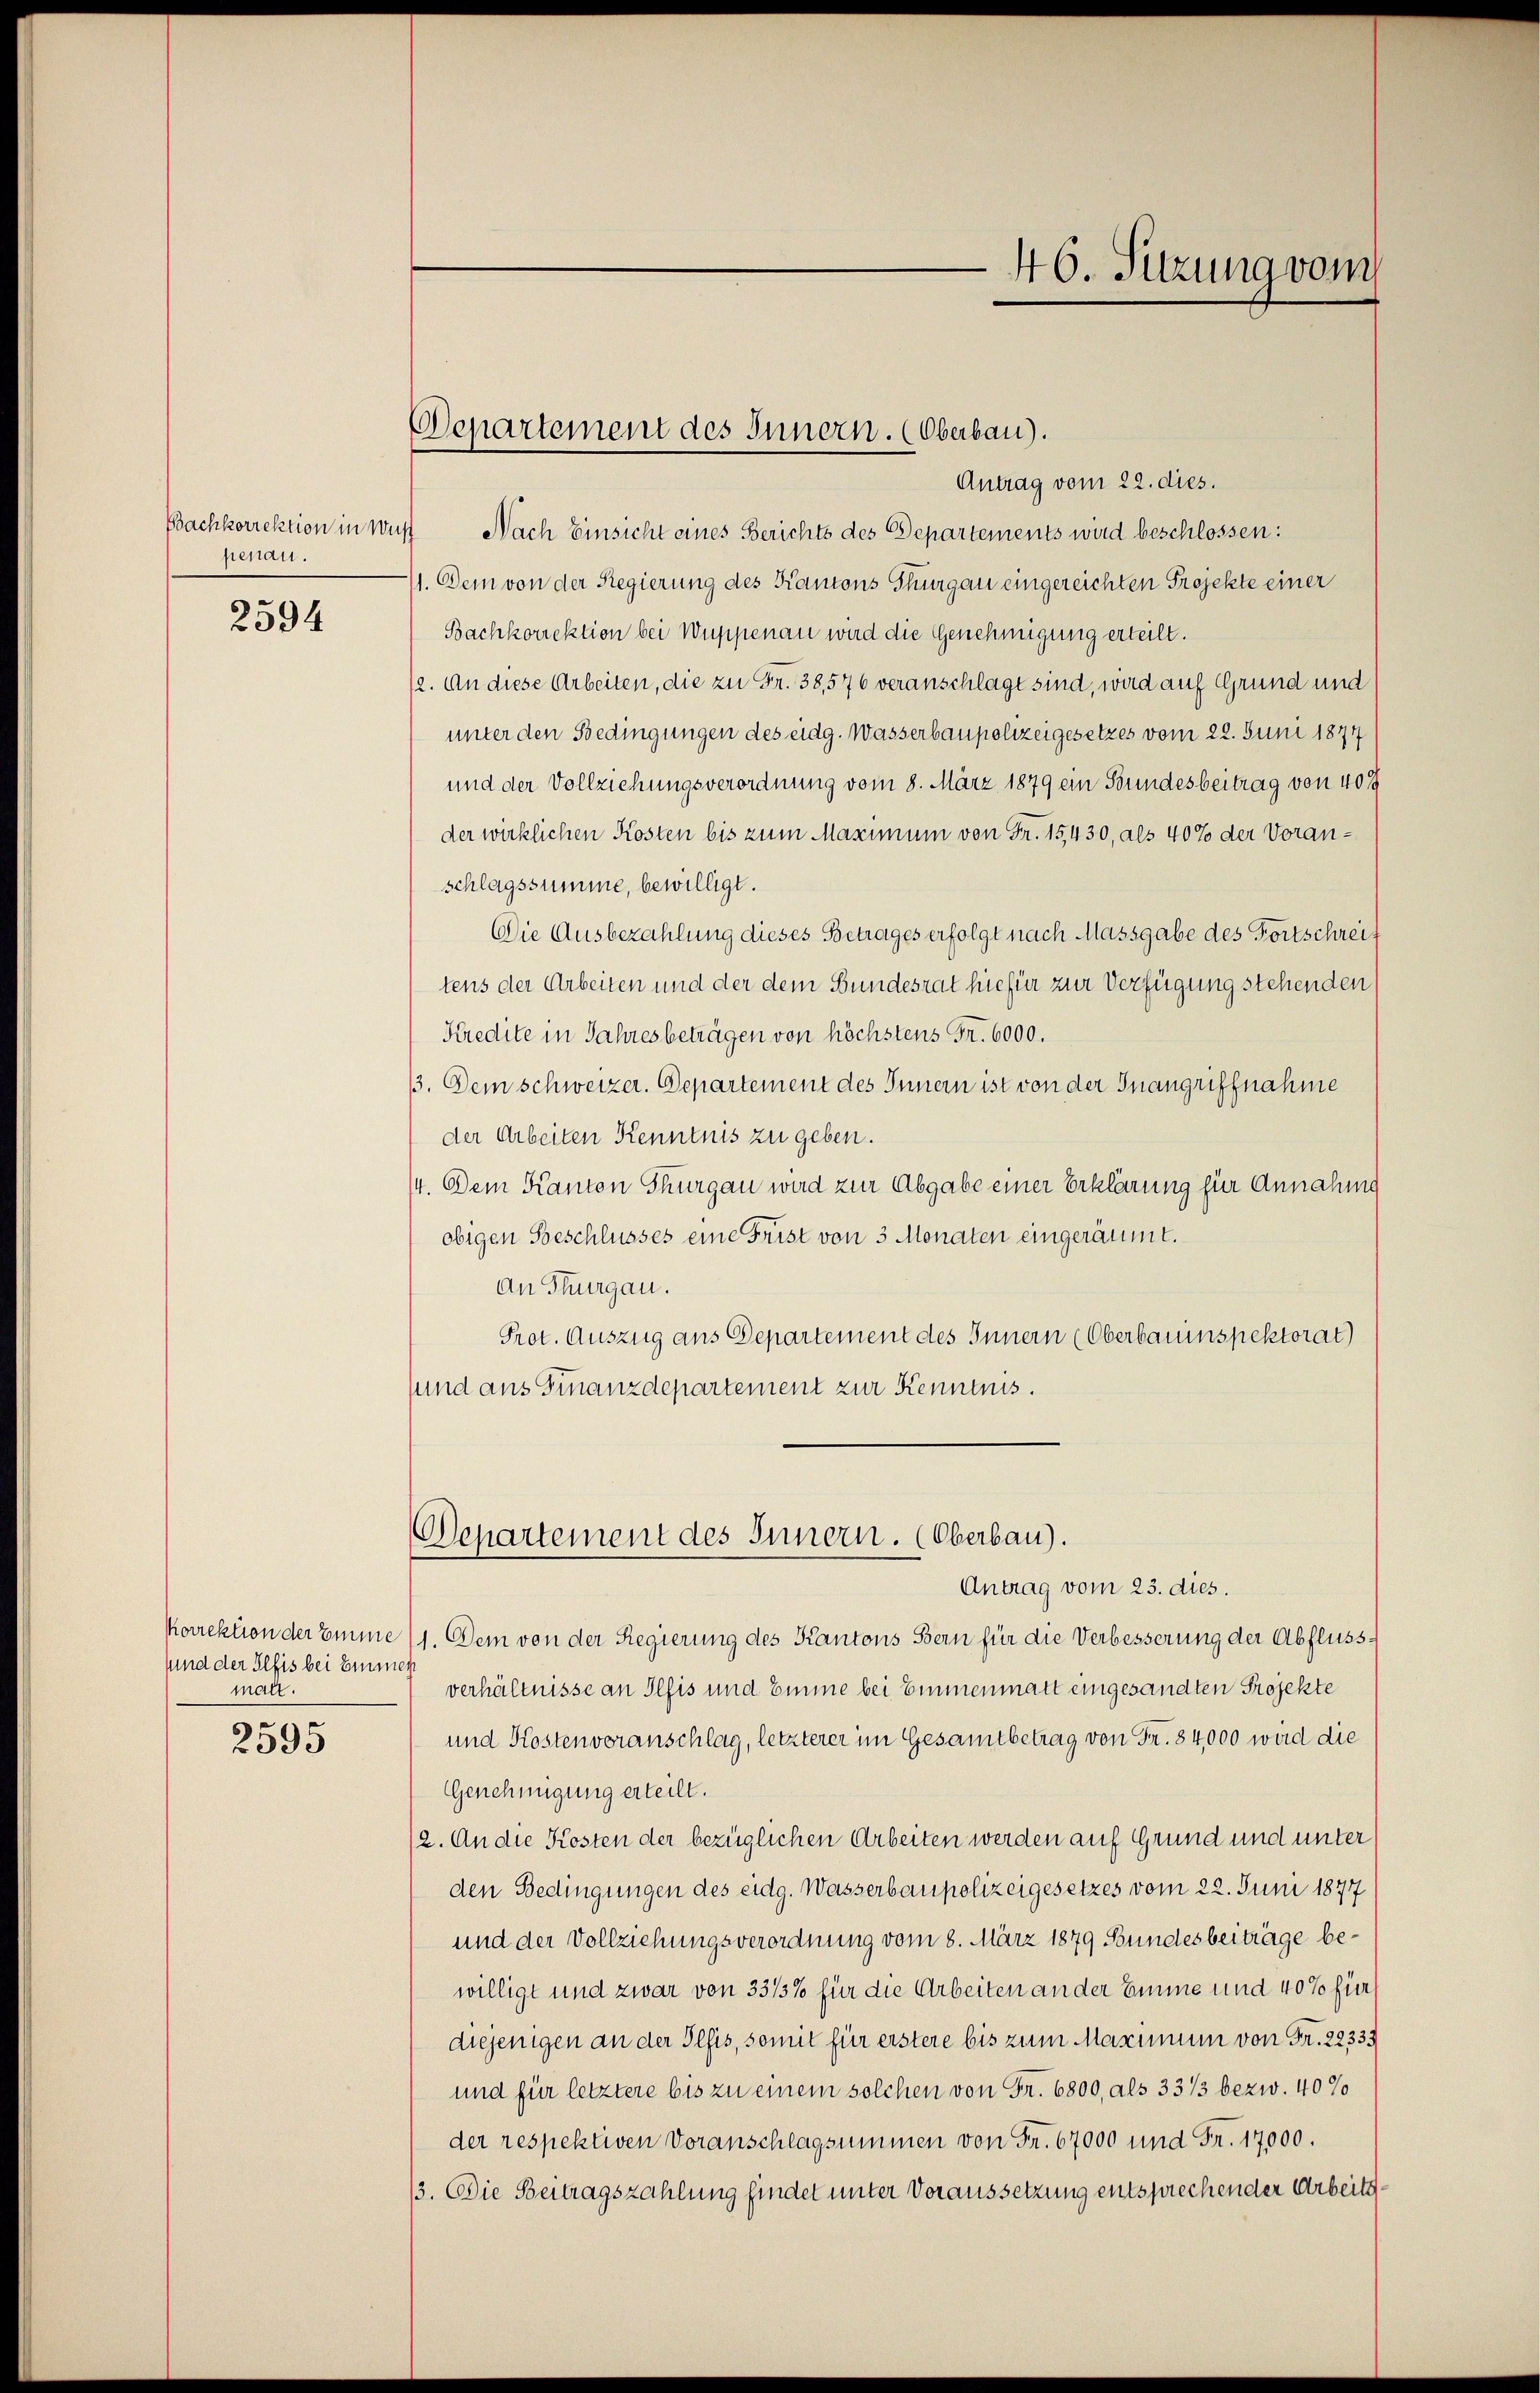
Bachkorrektion in Was
penau.
2594

sund der Plfis bei Emmen
malt.

2595

Antrag vom 22. dies.
Nach Einsicht eines Berichts des Departements wird beschlossen:
1. Dem von der Regierung des Kantons Thurgau eingereichten Projekte einer
Bachkorrektion bei Wuppenau wird die Genehmigung erteilt.
12. An diese Arbeiten, die zu Fr. 38,576 veranschlagt sind, wird auf Grund und
unter den Bedingungen des eidg. Wasserbaupolizeigesetzes vom 22. Juni 1874
und der Vollziehungsverordnung vom 8. März 1879 ein Bundesbeitrag von 400
der wirklichen Kosten bis zum Maximum von Fr. 15430, als 40% der Voranschlagssumme, bewilligt.
Die Ausbezahlung dieses Betrages erfolgt nach Massgabe des Fortschreif
tens der Arbeiten und der dem Bundesrat hiefür zur Verfügung stehenden
Kredite in Jahresbeträgen von höchstens Fr. 6000.
33. Dem schweizer. Departement des Innern ist von der Inangriffnahme
der Arbeiten Kenntnis zu geben.
/4. Dem Kanton Thurgau wird zur Abgabe einer Erklärung für Annahme
obigen Beschlusses eine Frist von 3 Monaten eingeräumt.
An Thurgau.
Prot. Auszug aus Departement des Innern (Oberbauinspektorat
sund aus Finanzdepartement zur Kenntnis.

Departement des Innern. (Oberbau).

Departement des Innern. (Oberbau).
Antrag vom 23. dies.

46. Sitzung vom

Porrektion der Emme 11. Dem von der Regierung des Kantons Bern für die Verbesserung der Abflussverhältnisse an Ilfis und Zimme bei Emmenmatt eingesandten Projekte
und Kostenveranschlag, letzterer im Gesamtbetrag von Fr. 84,000 wird die
Genehmigung erteilt.
(2. An die Kosten der bezüglichen Arbeiten werden auf Grund und unter
den Bedingungen des eidg. Wasserbaupolizeigesetzes vom 22. Juni 1877
und der Vollziehungsverordnung vom 8. März 1879 Bundesbeiträge bewilligt und zwar von 33/3% für die Arbeiten an der Emme und 40% für
diejenigen an der Plfis, somit für erstere bis zum Maximum von Fr. 22333
und für letztere bis zu einem solchen von Fr. 6800, als 33/3 bezw. 40%
der respektiven Voranschlagsummen von Fr. 67000 und Fr. 17000.
13. Die Beitragszahlung findet unter Voraussetzung entsprechender Arbeits¬